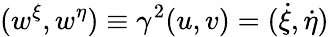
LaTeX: (w^{\xi},w^{\eta})\equiv\gamma^{2}(u,v)=(\dot{\xi},\dot{\eta})